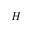
H